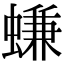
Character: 螊